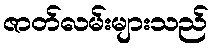
ဇာတ်လမ်းများသည်